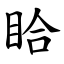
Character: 䀫